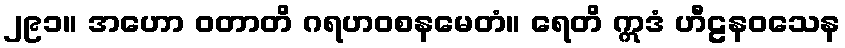
၂၉၁။ အဟော ဝတာတိ ဂရဟဝစနမေတံ။ ရေတိ ဣဒံ ဟီဠနဝသေန